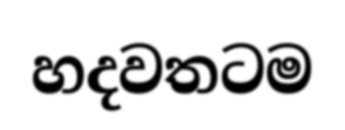
හදවතටම